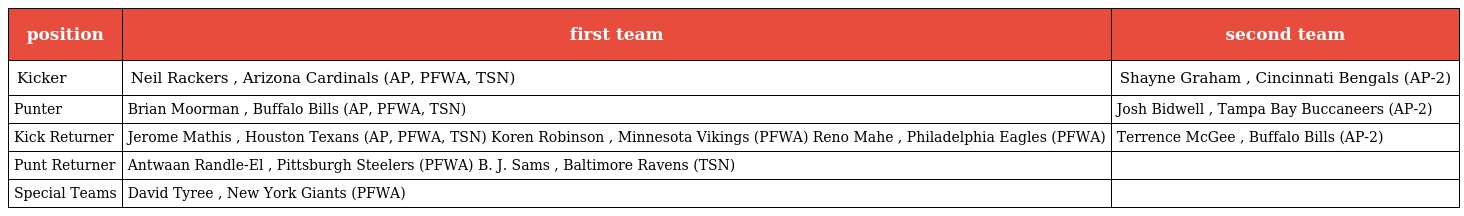
| position | first team | second team |
 | --- | --- | --- |
 | Kicker | Neil Rackers , Arizona Cardinals (AP, PFWA, TSN) | Shayne Graham , Cincinnati Bengals (AP-2) |
 | Punter | Brian Moorman , Buffalo Bills (AP, PFWA, TSN) | Josh Bidwell , Tampa Bay Buccaneers (AP-2) |
 | Kick Returner | Jerome Mathis , Houston Texans (AP, PFWA, TSN) Koren Robinson , Minnesota Vikings (PFWA) Reno Mahe , Philadelphia Eagles (PFWA) | Terrence McGee , Buffalo Bills (AP-2) |
 | Punt Returner | Antwaan Randle-El , Pittsburgh Steelers (PFWA) B. J. Sams , Baltimore Ravens (TSN) |  |
 | Special Teams | David Tyree , New York Giants (PFWA) |  |